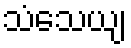
သံသေယျ